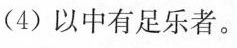
(4) 以中有足乐者。